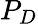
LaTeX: P_{D}